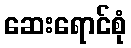
ဆေးရောင်စုံ